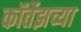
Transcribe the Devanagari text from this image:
कॉर्तेझच्या